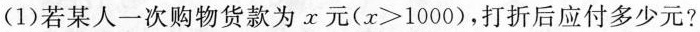
(1)若某人一次购物货款为x元($$x ＞ 1 0 0 0$$)，打折后应付多少元?